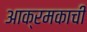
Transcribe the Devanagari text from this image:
आक्रमकाची